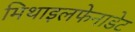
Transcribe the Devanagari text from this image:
मिथाइलफेनाडेट